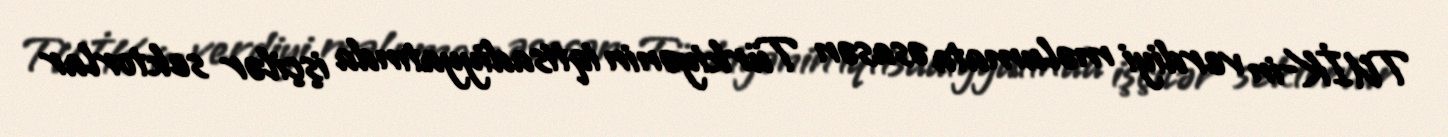
TUİK-in verdiyi məlumata əsasən Türkiyənin iqtisadiyyatında işçilər sektorlar